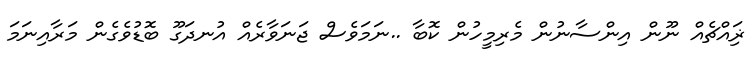
ޜަިއްޗެއް ނޫން އިންސާނުން މެރިމީހުން ކޮބާ ..ނަމަވެސް ޖަނަވާރެއް އުނދަގޫ ބޮޑުވެގެން މަރާއިނަމަ